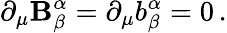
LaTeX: \partial_{\mu}\mathbf{B}_{\beta}^{\alpha}=\partial_{\mu}b_{\beta}^{\alpha}=0\, .